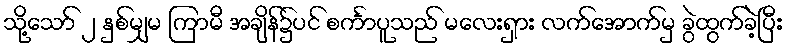
သို့သော် ၂ နှစ်မျှမ ကြာမီ အချိန်၌ပင် စင်္ကာပူသည် မလေးရှား လက်အောက်မှ ခွဲထွက်ခဲ့ပြီး